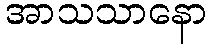
အာသသာနော